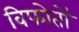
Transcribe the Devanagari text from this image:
विफोतों